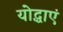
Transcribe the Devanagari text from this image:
योद्धाएं